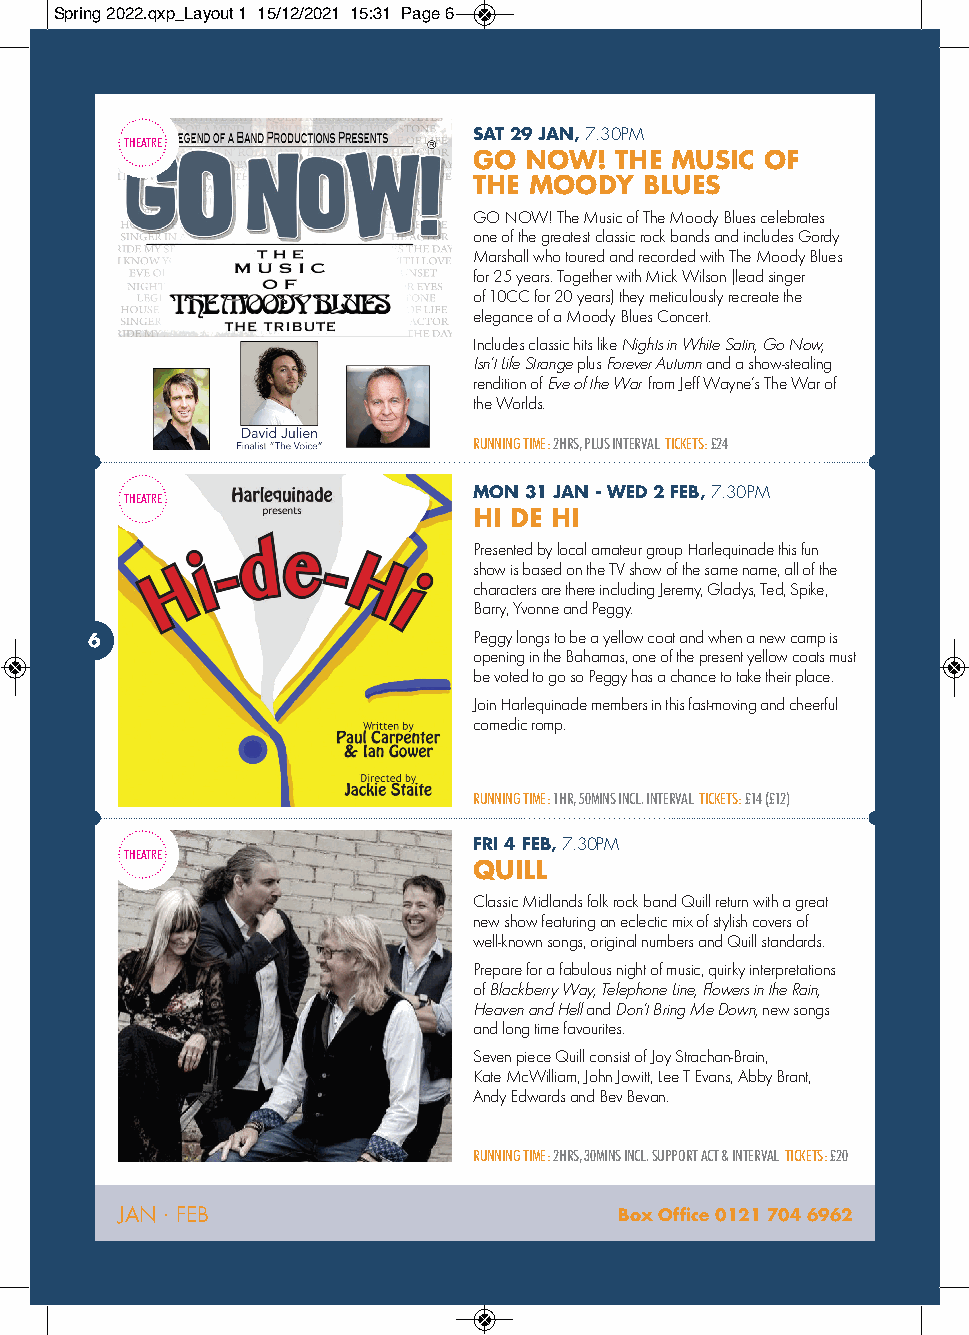
Spring 2022.qxp_Layout 1 15/12/2021 15:31 Page 6
 SAT 29 JAN,7.30PM
 THEATRE
 GO  NOW!  THE MUSIC OF
 THE MOODY   BLUES
 GO NOW! The Music of The Moody Blues celebrates
 one of the greatest classic rock bands and includes Gordy
 Marshall who toured and recorded with The Moody Blues
 for 25 years. Together with Mick Wilson (lead singer
 of10CC for 20 years) they meticulously recreate the
 elegance of a Moody Blues Concert.
 Includes classic hits like Nights in White Satin, Go Now,
 Isn’t Life StrangeplusForever Autumnand a show-stealing
 rendition of Eve of the Warfrom Jeff Wayne’s The War of
 the Worlds.
 RUNNING TIME:2HRS, PLUS INTERVAL TICKETS: £24
 MON 31 JAN - WED 2 FEB,7.30PM
 THEATRE
 HI DE HI
 Presented by local amateur group Harlequinade this fun
 show is based on the TV show of the same name, all of the
 characters are there including Jeremy, Gladys, Ted, Spike,
 Barry, Yvonne and Peggy.
 Peggy longs to be a yellow coat and when a new camp is
 6
 opening in the Bahamas, one of the present yellow coats must
 be voted to go so Peggy has a chance to take their place.
 Join Harlequinade members in this fast-moving and cheerful
 comedic romp.
 RUNNING TIME:1HR, 50MINS INCL. INTERVAL TICKETS:£14 (£12)
 FRI 4 FEB,7.30PM
 THEATRE
 QUILL
 Classic Midlands folk rock band Quill return with a great
 new show featuring an eclectic mix of stylish covers of
 well-known songs, original numbers and Quill standards.
 Prepare for a fabulous night of music, quirky interpretations
 of Blackberry Way, Telephone Line, Flowers in the Rain,
 Heaven and Helland Don’t Bring Me Down,new songs
 and long time favourites.
 Seven piece Quill consist of Joy Strachan-Brain,
 Kate McWilliam, John Jowitt, Lee T Evans, Abby Brant,
 Andy Edwards and Bev Bevan.
 RUNNING TIME:2HRS, 30MINS INCL. SUPPORT ACT & INTERVAL TICKETS:£20
 JAN · FEB                        Box Office 0121 704 6962